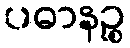
ပဓာနဉ္စ